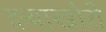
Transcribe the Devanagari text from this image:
दऱ्‍याखोरी